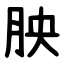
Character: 胦